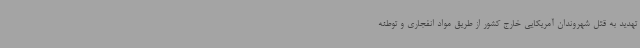
تهدید به قتل شهروندان آمریکایی خارج کشور از طریق مواد انفجاری و توطئه